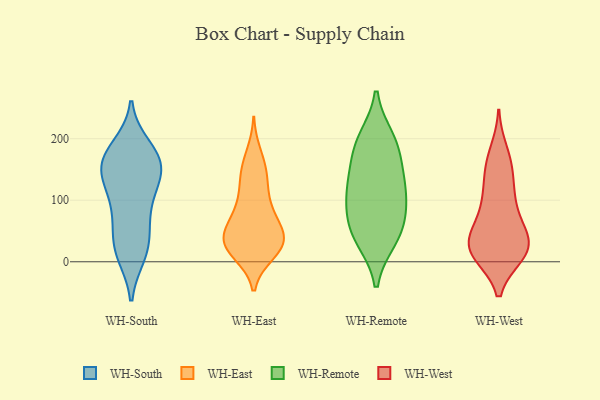
{"axis": {"x": "LTV (USD)", "y": "Value"}, "legend": ["WH-East", "WH-Remote", "WH-South", "WH-West"], "data": [{"x": "", "y": 102, "type": "WH-South"}, {"x": "", "y": 28, "type": "WH-South"}, {"x": "", "y": 169, "type": "WH-South"}, {"x": "", "y": 79, "type": "WH-South"}, {"x": "", "y": 150, "type": "WH-South"}, {"x": "", "y": 186, "type": "WH-South"}, {"x": "", "y": 170, "type": "WH-South"}, {"x": "", "y": 162, "type": "WH-South"}, {"x": "", "y": 13, "type": "WH-South"}, {"x": "", "y": 70, "type": "WH-South"}, {"x": "", "y": 135, "type": "WH-South"}, {"x": "", "y": 141, "type": "WH-South"}, {"x": "", "y": 12, "type": "WH-South"}, {"x": "", "y": 35, "type": "WH-South"}, {"x": "", "y": 171, "type": "WH-South"}, {"x": "", "y": 124, "type": "WH-South"}, {"x": "", "y": 125, "type": "WH-East"}, {"x": "", "y": 75, "type": "WH-East"}, {"x": "", "y": 42, "type": "WH-East"}, {"x": "", "y": 125, "type": "WH-East"}, {"x": "", "y": 147, "type": "WH-East"}, {"x": "", "y": 92, "type": "WH-East"}, {"x": "", "y": 32, "type": "WH-East"}, {"x": "", "y": 31, "type": "WH-East"}, {"x": "", "y": 80, "type": "WH-East"}, {"x": "", "y": 155, "type": "WH-East"}, {"x": "", "y": 34, "type": "WH-East"}, {"x": "", "y": 33, "type": "WH-East"}, {"x": "", "y": 46, "type": "WH-East"}, {"x": "", "y": 19, "type": "WH-East"}, {"x": "", "y": 14, "type": "WH-East"}, {"x": "", "y": 37, "type": "WH-East"}, {"x": "", "y": 71, "type": "WH-East"}, {"x": "", "y": 175, "type": "WH-East"}, {"x": "", "y": 15, "type": "WH-East"}, {"x": "", "y": 74, "type": "WH-Remote"}, {"x": "", "y": 37, "type": "WH-Remote"}, {"x": "", "y": 192, "type": "WH-Remote"}, {"x": "", "y": 117, "type": "WH-Remote"}, {"x": "", "y": 100, "type": "WH-Remote"}, {"x": "", "y": 199, "type": "WH-Remote"}, {"x": "", "y": 39, "type": "WH-Remote"}, {"x": "", "y": 58, "type": "WH-Remote"}, {"x": "", "y": 141, "type": "WH-Remote"}, {"x": "", "y": 180, "type": "WH-Remote"}, {"x": "", "y": 122, "type": "WH-Remote"}, {"x": "", "y": 150, "type": "WH-West"}, {"x": "", "y": 61, "type": "WH-West"}, {"x": "", "y": 104, "type": "WH-West"}, {"x": "", "y": 19, "type": "WH-West"}, {"x": "", "y": 17, "type": "WH-West"}, {"x": "", "y": 98, "type": "WH-West"}, {"x": "", "y": 51, "type": "WH-West"}, {"x": "", "y": 15, "type": "WH-West"}, {"x": "", "y": 179, "type": "WH-West"}, {"x": "", "y": 45, "type": "WH-West"}, {"x": "", "y": 38, "type": "WH-West"}, {"x": "", "y": 163, "type": "WH-West"}, {"x": "", "y": 19, "type": "WH-West"}, {"x": "", "y": 139, "type": "WH-West"}, {"x": "", "y": 96, "type": "WH-West"}, {"x": "", "y": 12, "type": "WH-West"}, {"x": "", "y": 12, "type": "WH-West"}, {"x": "", "y": 27, "type": "WH-West"}]}